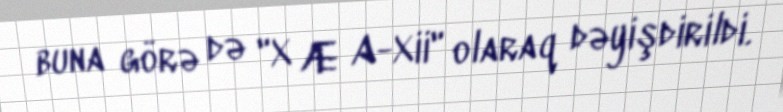
buna görə də "X Æ A-Xii" olaraq dəyişdirildi.